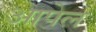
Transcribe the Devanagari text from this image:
आपेल